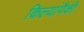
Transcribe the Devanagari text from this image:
किल्यांपैकी